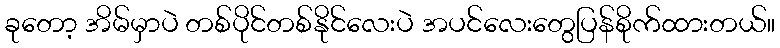
ခုတော့ အိမ်မှာပဲ တစ်ပိုင်တစ်နိုင်လေးပဲ အပင်လေးတွေပြန်စိုက်ထားတယ်။